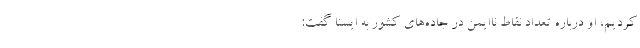
کردیم، او درباره تعداد نقاط ناایمن در جاده‌های کشور به ایسنا گفت: